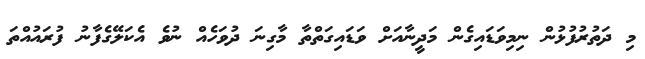
މި ދަތުރުފުޅުން ނިމިވަޑައިގެން މަދީނާއަށް ވަޑައިގަތްތާ މާގިނަ ދުވަހެއް ނުވެ އެކަލޭގެފާނު ފުރައުއްތަ